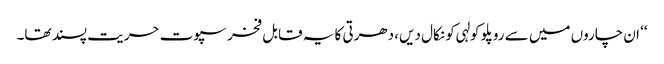
‘‘ ان چاروں میں سے روپلو کولہی کو نکال دیں، دھرتی کا یہ قابل فخر سپوت حریت پسند تھا۔